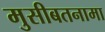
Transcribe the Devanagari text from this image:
मुसीबतनामा